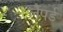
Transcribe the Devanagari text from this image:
लैंपर्ड